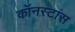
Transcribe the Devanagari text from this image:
कॉनस्टांस